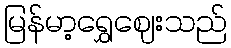
မြန်မာ့ရွှေဈေးသည်